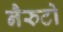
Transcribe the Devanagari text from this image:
नैरुटो